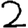
Digit: 2